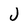
Character: j